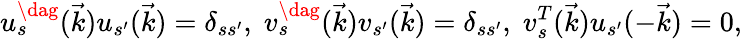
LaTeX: u_{s}^{\dag}(\vec{k})u_{s^{\prime}}(\vec{k})=\delta_{ss^{\prime}},\; v_{s}^{\dag}(\vec{k})v_{s^{\prime}}(\vec{k})=\delta_{ss^{\prime}},\; v_{s}^{T}(\vec{k})u_{s^{\prime}}(-\vec{k})=0,